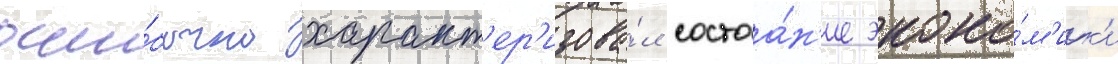
оши́бочно характ'ер'изова́л состоа́н'ие эконо́м'ик'и